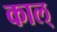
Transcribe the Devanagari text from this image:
काल्